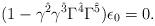
LaTeX: \begin{align*}(1-\gamma^{\hat{2}}\gamma^{\hat{3}}\Gamma^{\hat{4}}\Gamma^{\hat{5}})\epsilon_0=0.\end{align*}